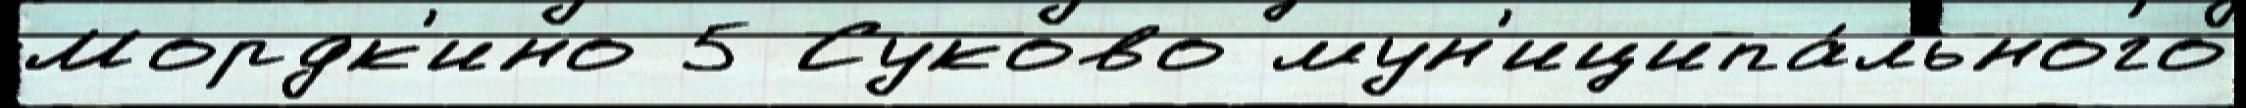
Мордк'ино 5 Суково мун'иципа́льного